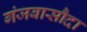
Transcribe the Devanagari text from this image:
गंजबासौदा